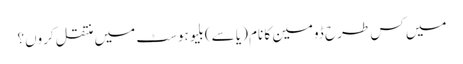
میں کس طرح ڈومین کا نام (یا سے) بلیو ہوسٹ میں منتقل کروں؟